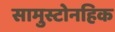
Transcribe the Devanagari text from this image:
सामुस्टोनहिक